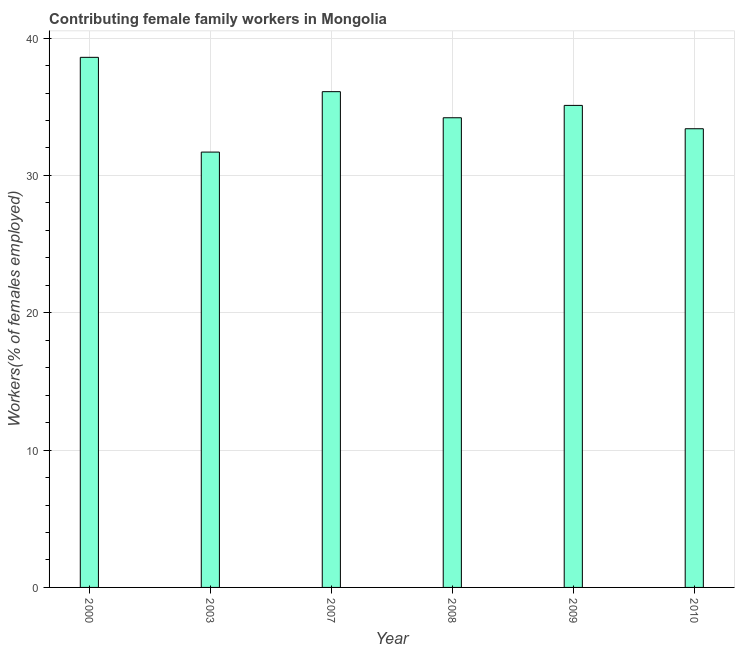
| Year | Contributing family workers |
 | --- | --- |
 | 2000 | 38.6 |
 | 2003 | 31.7 |
 | 2007 | 36.1 |
 | 2008 | 34.2 |
 | 2009 | 35.1 |
 | 2010 | 33.4 |